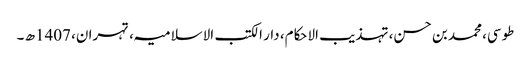
طوسی، محمد بن حسن، تہذیب الاحکام، دار الکتب الاسلامیہ، تہران، 1407ھ ۔